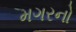
મગરનો